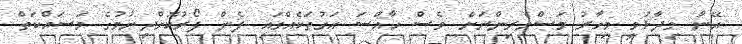
އޭނާ ވިދާޅުވީ މިހާރު މަސްވެރިންނަށް ވެސް ހާއްސަ އަގުތަކެއްގައި ފެން ފޯރުކޮށްދިނުމުގެ މަސައްކަތް